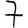
Digit: 7